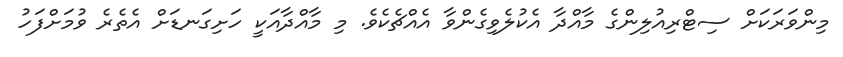
މިންވަރަކަށް ސިޓްރިއުލިންގެ މާއްދާ އެކުލެވިގެންވާ އެއްޗެކެވެ. މި މާއްދާއަކީ ހަށިގަނޑަށް އެތެރެ ވުމަށްފަހު